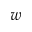
w